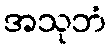
အသုဘံ